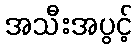
အသီးအပွင့်